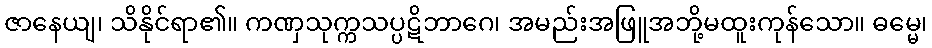
ဇာနေယျ၊ သိနိုင်ရာ၏။ ကဏှသုက္ကသပ္ပဋိဘာဂေ၊ အမည်းအဖြူအဘို့မထူးကုန်သော။ ဓမ္မေ၊